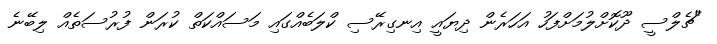
"ޗެލްސީ ދޫކޮށްލުމަށްފަހު އަހަރެން ދިޔައީ އިނގިރޭސި ކްލަބެއްގައި މަސައްކަތް ކުރަން ފުރުސަތެއް ލިބޭނެ